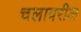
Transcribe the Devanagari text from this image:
चलावरील